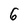
Character: 6